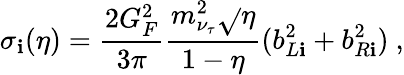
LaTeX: \sigma_{\mathbf{i}}(\eta)=\frac{{2G_{F}^{2}}}{{3\pi}}\frac{{m_{\nu_{\tau}}^{2}\sqrt{}{{\eta}}}}{{1-\eta}}(b_{L\mathbf{i}}^{2}+b_{R\mathbf{i}}^{2})~,